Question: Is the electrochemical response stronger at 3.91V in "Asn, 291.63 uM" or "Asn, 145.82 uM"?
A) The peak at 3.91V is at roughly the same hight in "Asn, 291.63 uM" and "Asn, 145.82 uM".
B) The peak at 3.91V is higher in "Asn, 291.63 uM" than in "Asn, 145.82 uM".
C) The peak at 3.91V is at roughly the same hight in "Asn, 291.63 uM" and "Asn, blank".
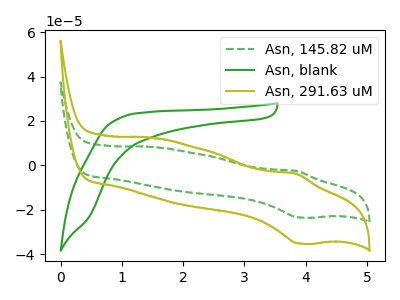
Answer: <think>The green dashed curve "Asn, 145.82 uM" has an anodic peak at (3.85V, -2.55uA) and a cathodic peak at (3.90V, -23.40uA). The green curve "Asn, blank" has no peaks. The olive curve "Asn, 291.63 uM" has an anodic peak at (3.85V, -3.80uA) and a cathodic peak at (3.90V, -35.10uA).</think>
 <answer>B) The peak at 3.91V is higher in "Asn, 291.63 uM" than in "Asn, 145.82 uM".</answer>
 <eval>B</eval>